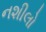
નશીલો